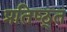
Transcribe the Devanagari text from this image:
प्रतिष्ठ्त